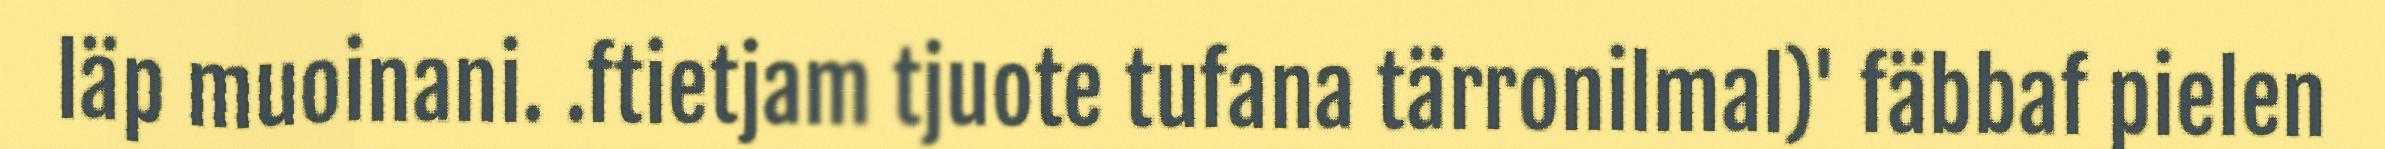
läp muoinani. .ftietjam tjuote tufana tärronilmal)' fäbbaf pielen